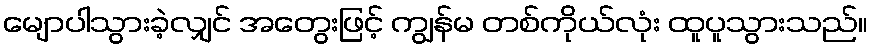
မျောပါသွားခဲ့လျှင် အတွေးဖြင့် ကျွန်မ တစ်ကိုယ်လုံး ထူပူသွားသည်။